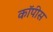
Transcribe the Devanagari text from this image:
कॉपीस